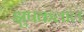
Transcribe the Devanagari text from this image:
झुपकलाल